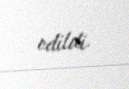
edildi.